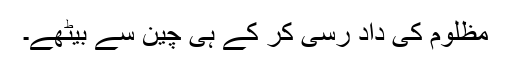
مظلوم کی داد رسی کر کے ہی چین سے بیٹھے۔